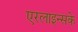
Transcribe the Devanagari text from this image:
एरलाइन्सके